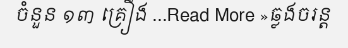
ចំនួន ១៣ គ្រឿង ...Read More »ឆ្លងចរន្ត